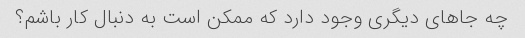
چه جاهای دیگری وجود دارد که ممکن است به دنبال کار باشم؟